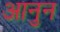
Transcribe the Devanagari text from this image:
आनुन